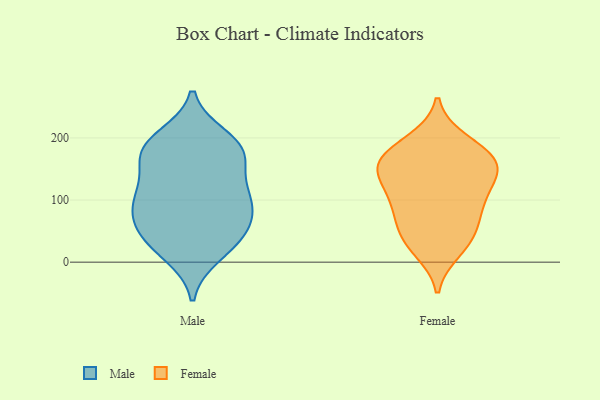
{"axis": {"x": "Population (Million)", "y": "Value"}, "legend": ["Female", "Male"], "data": [{"x": "", "y": 167, "type": "Male"}, {"x": "", "y": 189, "type": "Male"}, {"x": "", "y": 175, "type": "Male"}, {"x": "", "y": 78, "type": "Male"}, {"x": "", "y": 49, "type": "Male"}, {"x": "", "y": 175, "type": "Male"}, {"x": "", "y": 106, "type": "Male"}, {"x": "", "y": 73, "type": "Male"}, {"x": "", "y": 29, "type": "Male"}, {"x": "", "y": 13, "type": "Male"}, {"x": "", "y": 112, "type": "Male"}, {"x": "", "y": 182, "type": "Male"}, {"x": "", "y": 32, "type": "Male"}, {"x": "", "y": 200, "type": "Male"}, {"x": "", "y": 111, "type": "Male"}, {"x": "", "y": 111, "type": "Male"}, {"x": "", "y": 64, "type": "Male"}, {"x": "", "y": 79, "type": "Female"}, {"x": "", "y": 157, "type": "Female"}, {"x": "", "y": 164, "type": "Female"}, {"x": "", "y": 104, "type": "Female"}, {"x": "", "y": 165, "type": "Female"}, {"x": "", "y": 189, "type": "Female"}, {"x": "", "y": 57, "type": "Female"}, {"x": "", "y": 80, "type": "Female"}, {"x": "", "y": 19, "type": "Female"}, {"x": "", "y": 124, "type": "Female"}, {"x": "", "y": 196, "type": "Female"}, {"x": "", "y": 141, "type": "Female"}, {"x": "", "y": 160, "type": "Female"}, {"x": "", "y": 151, "type": "Female"}, {"x": "", "y": 37, "type": "Female"}, {"x": "", "y": 108, "type": "Female"}, {"x": "", "y": 32, "type": "Female"}]}